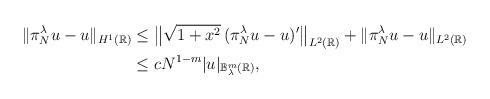
LaTeX: \begin{align*}\|\pi_{N}^{\lambda} u-u\|_{H^1(\mathbb R)} & \le \big\|\sqrt{1+x^2}\, (\pi_{N}^{\lambda} u-u)'\big\|_{L^2(\mathbb R)}+\|\pi_{N}^{\lambda} u-u\|_{L^2(\mathbb R)}\\& \le cN^{1-m} |u|_{{\mathbb B}^m_{\lambda}(\mathbb R)},\end{align*}